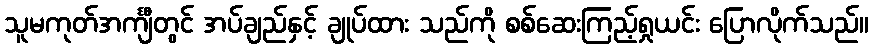
သူမကုတ်အင်္ကျီတွင် အပ်ချည်နှင့် ချုပ်ထား သည်ကို စစ်ဆေးကြည့်ရှုယင်း ပြောလိုက်သည်။